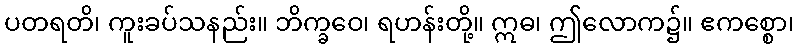
ပတရတိ၊ ကူးခပ်သနည်း။ ဘိက္ခဝေ၊ ရဟန်းတို့။ ဣဓ၊ ဤလောက၌။ ဧကစ္စော၊